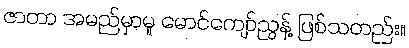
ဇာတာ အမည်မှာမူ မောင်ကျော်ညွန့် ဖြစ်သတည်း။